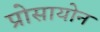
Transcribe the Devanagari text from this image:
प्रोसायोन